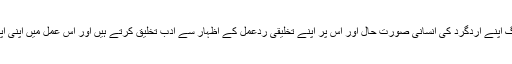
میں تو سمجھتا ہوں کہ ہر معاشرے اور زبان کے لوگ اپنے اردگرد کی انسانی صورت حال اور اس پر اپنے تخلیقی ردعمل کے اظہار سے ادب تخلیق کرتے ہیں اور اس عمل میں اپنی اپنی ادبی روایتیں پیدا کرتے اور ان کو ترقی دیتے ہیں۔